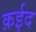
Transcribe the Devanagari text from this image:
क़ईद